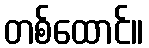
တစ်ထောင်။